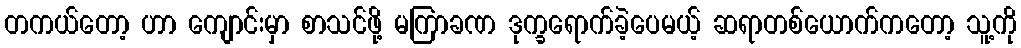
တကယ်တော့ ဟာ ကျောင်းမှာ စာသင်ဖို့ မကြာခဏ ဒုက္ခရောက်ခဲ့ပေမယ့် ဆရာတစ်ယောက်ကတော့ သူ့ကို